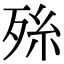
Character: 𭮑